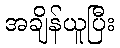
အချိန်ယူပြီး